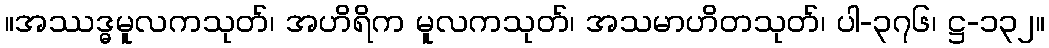
။အဿဒ္ဓမူလကသုတ်၊ အဟိရိက မူလကသုတ်၊ အသမာဟိတသုတ်၊ ပါ-၃၇၆၊ ဋ္ဌ-၁၃၂။